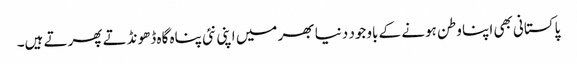
پاکستانی بھی اپنا وطن ہونے کے باوجود دنیا بھر میں اپنی نئی پناہ گاہ ڈھونڈتے پھرتے ہیں۔